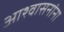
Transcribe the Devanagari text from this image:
आश्वासनांना